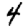
Digit: 4